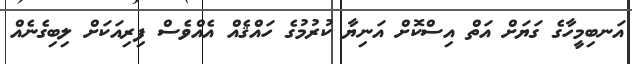
އަނބިމީހާގެ ގަޔަށް އަތް އިސްކޮށް އަނިޔާ ކުރުމުގެ ހައްޤެއް އެއްވެސް ފިރިއަކަށް ލިބިގެނެއް